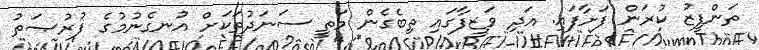
ތަންފީޒު ކުރަން ފަށާފައި. އަދި ވަޒީފާގައި ތިބެގެން މަތީ ސަނަދުތަކަށް އުނގެނުމުގެ ފުރުޞަތު